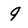
Character: 9